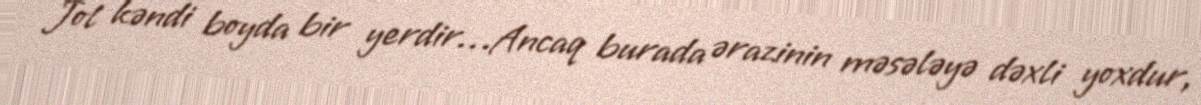
Jol kəndi boyda bir yerdir…Ancaq burada ərazinin məsələyə dəxli yoxdur,